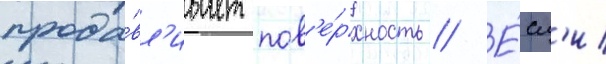
прода́вл'ивает пов'е́рхность // Е́сл'и